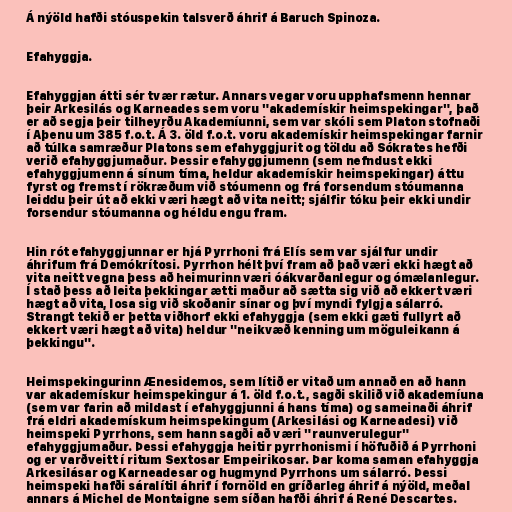
Á nýöld hafði stóuspekin talsverð áhrif á Baruch Spinoza.

Efahyggja.

Efahyggjan átti sér tvær rætur. Annars vegar voru upphafsmenn hennar
þeir Arkesilás og Karneades sem voru "akademískir heimspekingar", það
er að segja þeir tilheyrðu Akademíunni, sem var skóli sem Platon stofnaði
í Aþenu um 385 f.o.t. Á 3. öld f.o.t. voru akademískir heimspekingar farnir
að túlka samræður Platons sem efahyggjurit og töldu að Sókrates hefði
verið efahyggjumaður. Þessir efahyggjumenn (sem nefndust ekki
efahyggjumenn á sínum tíma, heldur akademískir heimspekingar) áttu
fyrst og fremst í rökræðum við stóumenn og frá forsendum stóumanna
leiddu þeir út að ekki væri hægt að vita neitt; sjálfir tóku þeir ekki undir
forsendur stóumanna og héldu engu fram.

Hin rót efahyggjunnar er hjá Pyrrhoni frá Elís sem var sjálfur undir
áhrifum frá Demókrítosi. Pyrrhon hélt því fram að það væri ekki hægt að
vita neitt vegna þess að heimurinn væri óákvarðanlegur og ómælanlegur.
Í stað þess að leita þekkingar ætti maður að sætta sig við að ekkert væri
hægt að vita, losa sig við skoðanir sínar og því myndi fylgja sálarró.
Strangt tekið er þetta viðhorf ekki efahyggja (sem ekki gæti fullyrt að
ekkert væri hægt að vita) heldur "neikvæð kenning um möguleikann á
þekkingu".

Heimspekingurinn Ænesidemos, sem lítið er vitað um annað en að hann
var akademískur heimspekingur á 1. öld f.o.t., sagði skilið við akademíuna
(sem var farin að mildast í efahyggjunni á hans tíma) og sameinaði áhrif
frá eldri akademískum heimspekingum (Arkesilási og Karneadesi) við
heimspeki Pyrrhons, sem hann sagði að væri "raunverulegur"
efahyggjumaður. Þessi efahyggja heitir pyrrhonismi í höfuðið á Pyrrhoni
og er varðveitt í ritum Sextosar Empeirikosar. Þar koma saman efahyggja
Arkesilásar og Karneadesar og hugmynd Pyrrhons um sálarró. Þessi
heimspeki hafði sáralítil áhrif í fornöld en gríðarleg áhrif á nýöld, meðal
annars á Michel de Montaigne sem síðan hafði áhrif á René Descartes.